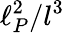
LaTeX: \ell_{P}^{2}/l^{3}